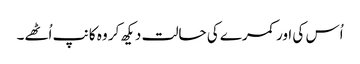
اُس کی اور کمرے کی حالت دیکھ کر وہ کانپ اُٹھے۔